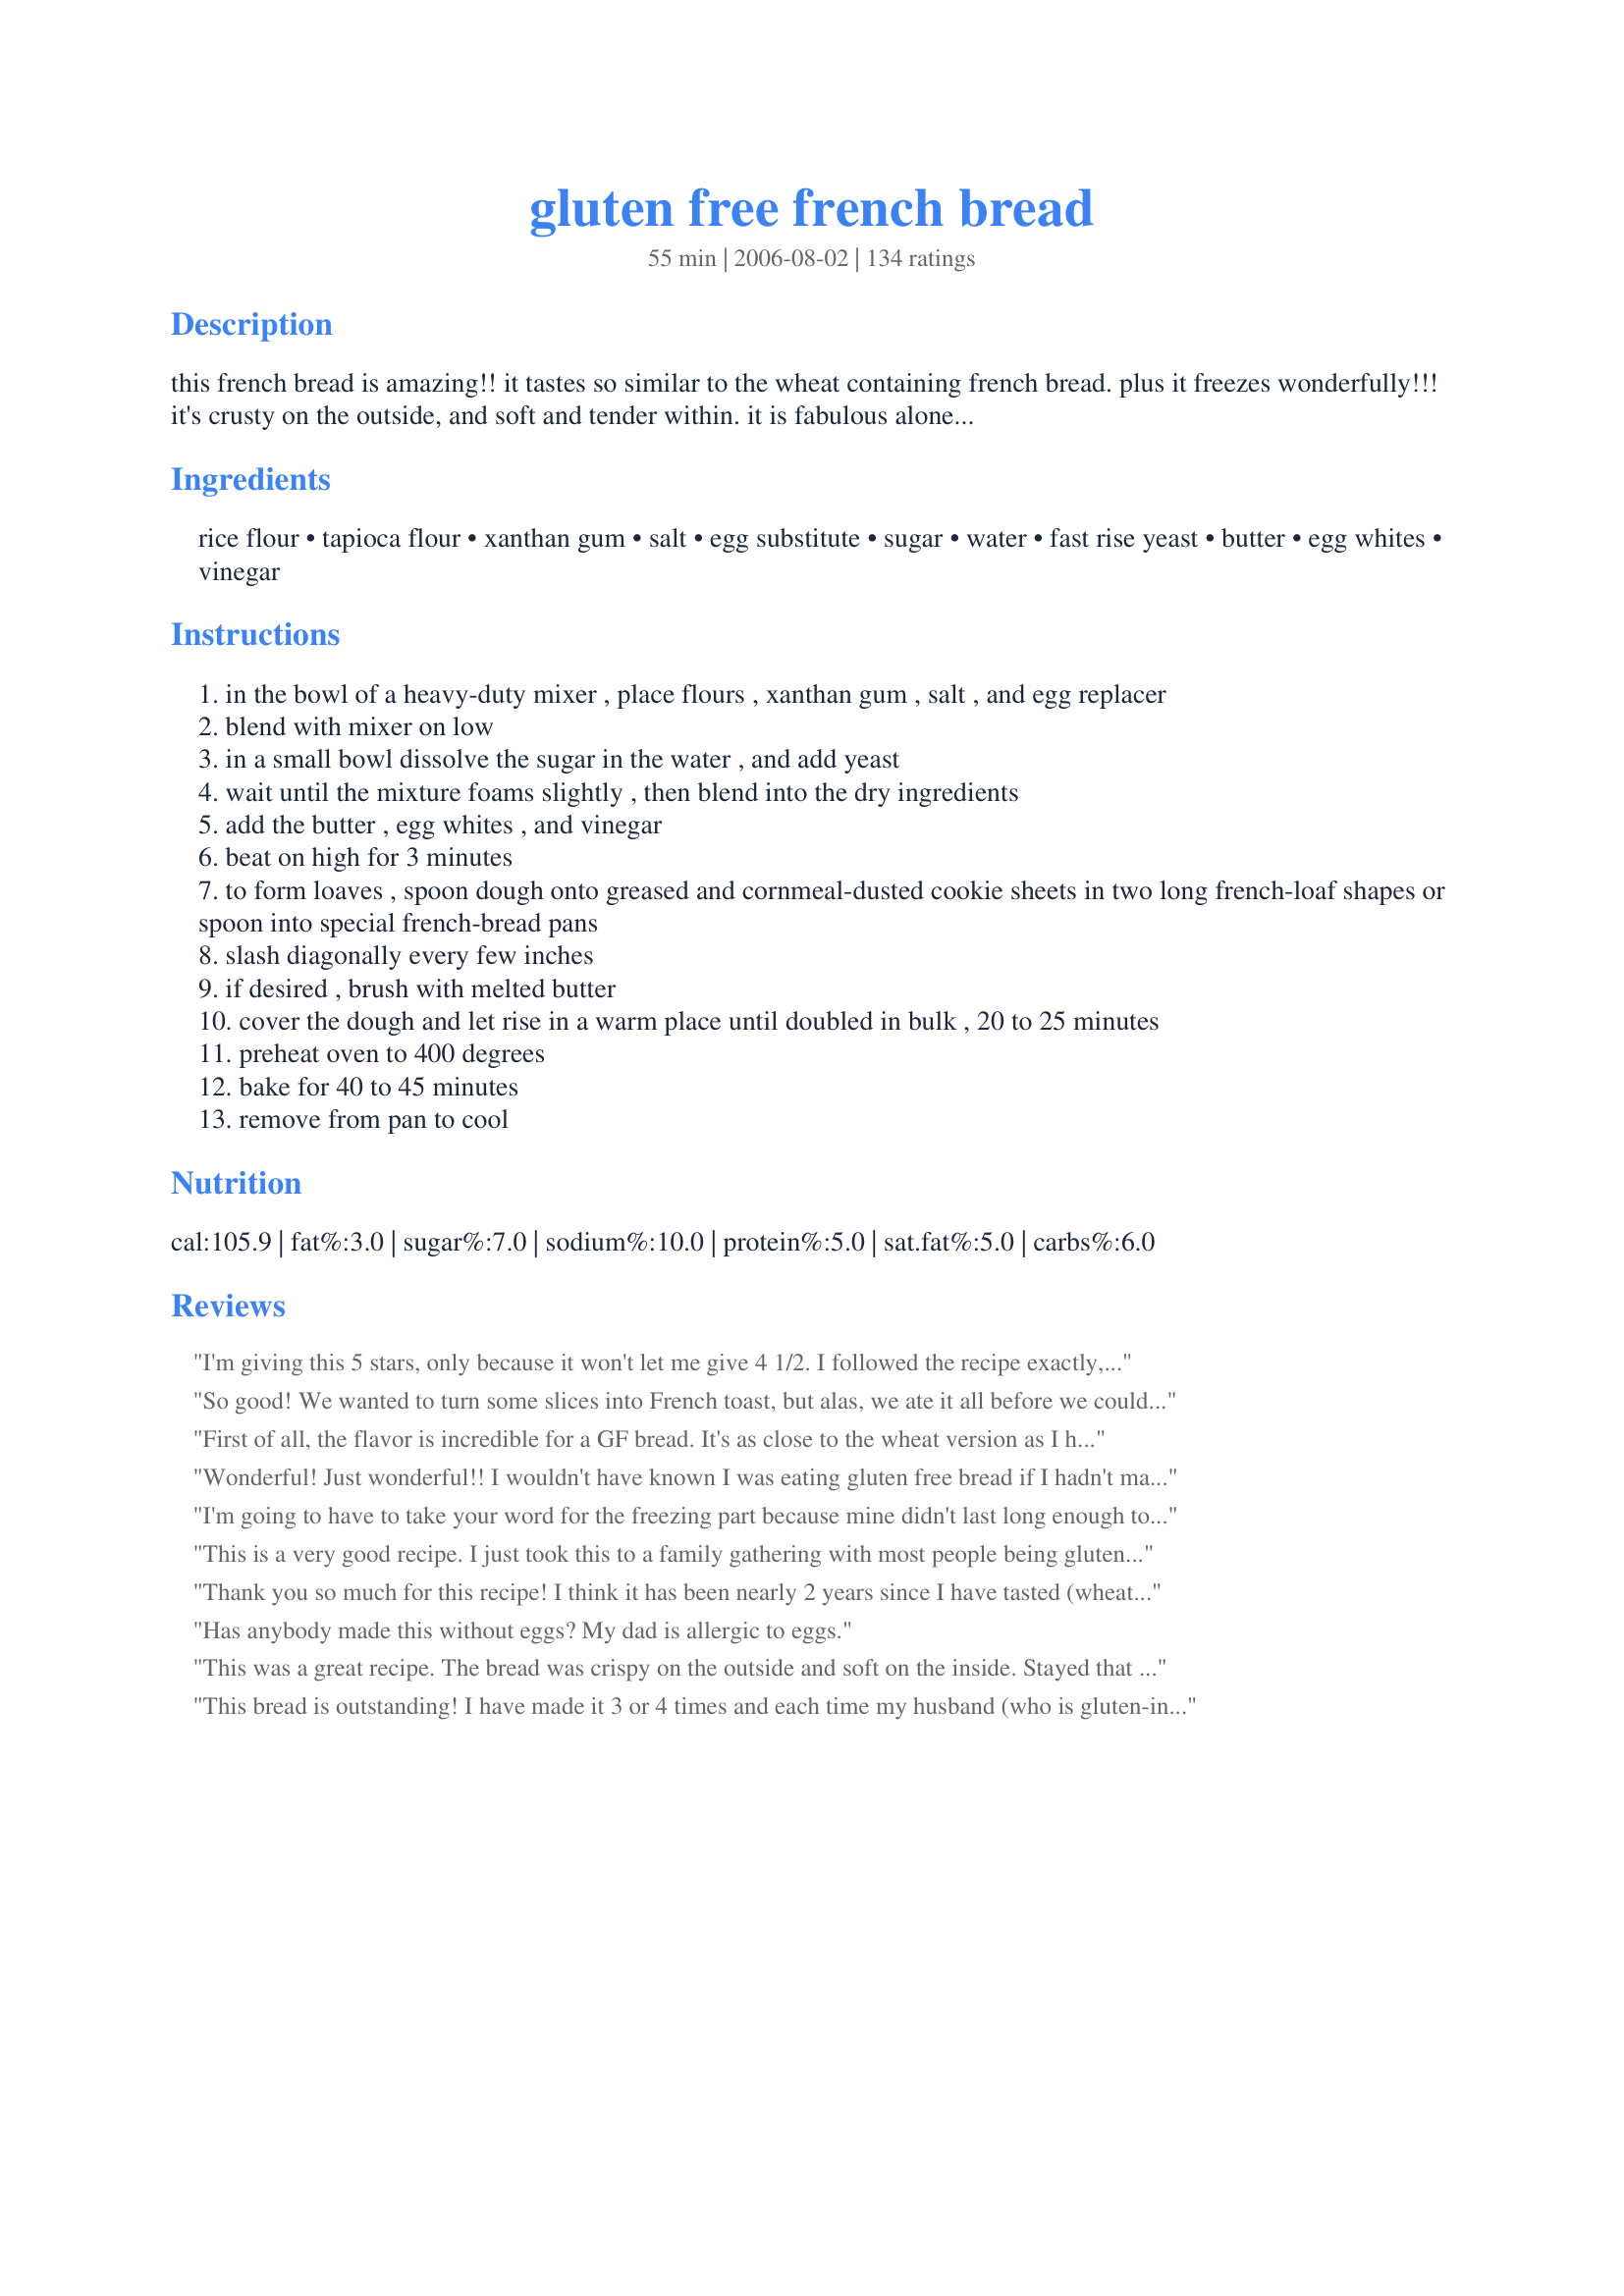
gluten free french bread
Preparation time: 55 minutes

this french bread is amazing!! it tastes so similar to the wheat containing french bread. plus it freezes wonderfully!!! it's crusty on the outside, and soft and tender within. it is fabulous alone, or made as little brushetta', using 'joanne's creamy brushetta' recipe(#108383).you can make it from start to finish in about one hour!!

Ingredients:
rice flour, tapioca flour, xanthan gum, salt, egg substitute, sugar, water, fast rise yeast, butter, egg whites, vinegar

Steps:
in the bowl of a heavy-duty mixer , place flours , xanthan gum , salt , and egg replacer
blend with mixer on low
in a small bowl dissolve the sugar in the water , and add yeast
wait until the mixture foams slightly , then blend into the dry ingredients
add the butter , egg whites , and vinegar
beat on high for 3 minutes
to form loaves , spoon dough onto greased and cornmeal-dusted cookie sheets in two long french-loaf shapes or spoon into special french-bread pans
slash diagonally every few inches
if desired , brush with melted butter
cover the dough and let rise in a warm place until doubled in bulk , 20 to 25 minutes
preheat oven to 400 degrees
bake for 40 to 45 minutes
remove from pan to cool

Reviews:
I'm giving this 5 stars, only because it won't let me give 4 1/2. I followed the recipe exactly, it is a very wet "dough." I expected that. It rose perfectly, even smelled like "real" bread dough. It browned very nicely, and had a perfect crispness to it. Of course I had to have a piece while it was still warm with butter...I wasn't that impressed with the first bite. Initially I thought it tasted too "eggy" and much like french toast, without the cinnamon and sugar. Still was the closest thing to regular bread that I have tried thus far. I let the loaf cool, then wrapped in foil and left on the counter until the next day (today) when I decided to try it again. It's soooo much better today than yesterday. I'm eating it as a sandwich and I can't even tell that it is gluten free. Totally impressed now! I will be making this again, but leaving it for the next day.
So good! We wanted to turn some slices into French toast, but alas, we ate it all before we could! We subbed 2 teaspoons of ground flax seeds for the egg substitute. I highly recommend this recipe!
First of all, the flavor is incredible for a GF bread. It's as close to the wheat version as I have ever tasted. My only problem was getting it to rise. I don't think it was a problem with the recipe. I've had trouble adapting to making GF breads. Thank you so much to sharing this!
Wonderful! Just wonderful!! I wouldn't have known I was eating gluten free bread if I hadn't made it myself. The texture is perfect and the flavor great. The first time I made this I made 2 loaves in french bread pans. It made pretty small loaves, so the next time I made just one loaf in a regular loaf pan. It made a nice sized loaf which sliced perfectly for sandwiches. My celiac stepdaughter was just thrilled with this bread!
I'm going to have to take your word for the freezing part because mine didn't last long enough to even try. I actually like this better than regular French bread and so does DH. Left half a loaf sitting out overnight--still good next day. Wrapped one loaf in foil--still good next day. Toasted a few slices--perfect. Getting ready to mix up my second batch--actually went out and bought a new French bread pan since I couldn't find mine. Didn't add any extra flour. You must try it dipped in olive oil with garlic salt and dipping spices added. I can't thank you enough, GlutenFreeGirl.
This is a very good recipe. I just took this to a family gathering with most people being gluten eaters, and everybody loved it. My SIL said this was better than a lot of peoples regular bread, and she definitely is not a gluten free fan. I quadrupled the recipe and I always make it it regular loaf pans. I put one recipe which says it makes two french bread loaves into one loaf pan and it makes a nice high rising regular loaf. I changed the white rice flour to 2 parts white rice flour, 3 parts brown rice flour, 1 part oat flour, and 2 parts sorghum flour. I think this was the best mixture of flours I have tried yet. I also added 1 tsp flax seed for every tsp egg replacement called for and 2 tsp of water for ever tsp flax seed. For those new to making gluten free bread, the dough will not be the texture you are used to. It is VERY sticky...do not add extra flour. I mix it in my bosch mixture and then pour the batter into my well greased bread pans and smooth it out with a spatula on top to make it a much more even loaf. Hope this helps. This produces a lovely moist, light and fluffly bread. My husband even said he would consider going gluten free if I replaced his bread with this bread. This is one of those recipes that make living gluten free a little bit easier and even pleasant!
Thank you so much for this recipe! I think it has been nearly 2 years since I have tasted (wheat) french bread and this great. I asked my daughter what she would rate this on a scale of 1 to 5, she said 300, LOL. Guess it is a thumbs up here.

One tip, it started to look like it was browning too fast so at about 25 minutes I covered it with a sheet of tinfoil.

I was going to review this after a day or so and see how it held up...but we only made one loaf...and ate it all.

And like another viewer suggested, this will make great hamburger buns and what ever else I can think of. :o)
Has anybody made this without eggs? My dad is allergic to eggs.
This was a great recipe. The bread was crispy on the outside and soft on the inside. Stayed that way for days!
This bread is outstanding! I have made it 3 or 4 times and each time my husband (who is gluten-intolerant) comments about how wonderful it tastes and how nice it is to be able to have bread just like he used to eat. Thanks, GlutenFreeGirl, for this excellent recipe. (I'm making some right now!)
I am not sure what went wrong here.... I used less yest and cooked it in my bread machine. It turned out really moist, too moist. So I think I will try again but follow the direction to the T.
Excellent!!!, I did not have tapioca flour but i did have a box of tapioca which is what I used. I have to buy the tapioca flour just to see if there is a difference but I think it turned out great. Only used half the yeast, I thought 2 tbsp was too much unless you meant to say 2 tsp which makes more sense. Try this one as a bread instead of muffins, http://www.food.com/recipe/gluten-free-sweet-corn-bread-muffins-376155, tastes pretty good for a sweet bread.
This bread is excellent. The people here who are posting their substitutions should post their own recipes if they can&#039;t use or don&#039;t like this one, as many completely change it. It&#039;s great as is, I have been looking for a good french bread recipe for years.Thanks Gluten Free Girl!
I have been making this bread weekly for almost 2 yrs now with slight changes. 1 cup white rice, 1 cup brown rice, 3 tsp of ground flax for added fibre, and honey in replace of sugar. The result is a nice brown bread. Yesterday, I accidently forgot to add the tapioca starch - and it STILL turned out! It might even be a bit more moist that the original. I make this single recipe in a loaf pan for slices, muffin top tins for hamburger buns, (both pics are posted for viewing) and in a french baker when serving it to guests for dinner. A loaf or french baker requires 50mins in the oven, covering with foil 1/2 way through the cooking. Hamburger buns in 1/2 the posted cooking time. 
original review:WOW! This is the closest thing to "real" bread that I have had in 10 years! Thank you Gluten Free GIrl for posting this GREAT find.
still tasted good using brown rice flour! best the first day, while still warm.
I just made this. My first attempt at a Wheat Free Bread! 
I didn't use the egg sub, and used 2 whole eggs for the 3 egg whites. I ended up with a nice "eggy" textured bread..Okay so it's not French Bread..but it's tasty, plain, with a bit of jam...and I think leftovers may become bread pudding!
~made this again into personal sub size rolls~following the recipe to a T..It was wonderful!!
This a very stable gluten free bread recipe. I have made this with garbanzo bean flour and millet flour substituted in part or full for the rice flour and it always makes a delicious crusty bread. I love it with a little olive oil balsamic vinegar.
For taste, this recipe would get 5 stars! Excellent flavor. But for the recipe itself, I had to give it 4 because the measurements are off. I had to add about a cup of flour-which isn't always a bad thing except I barely had a leftover cup. I used olive oil instead of butter and it worked great. I'm an experienced bread maker, so the fact that I had to use extra flour annoyed me. Other than that, pretty yummy.
Maybe we have not been GF long enough to fully appreciate this recipe as French bread, I made it twice now the first time followed the recipe exactly and made two loaves, the next time I used half brown rice flour and made them in the shape of biscuits, coated them both sides with corn meal and they made PERFECT english muffins. Perfect for mini pizzas and toasting for breakfast, and my son loved them for his lunch with PB&J. I will be using this recipe from now on for that purpose. THANK YOU for posting a winner in our GF quest for bread recipes.
Absolutely amazing!! I just turned GF, and this is the only bread I've tried that actually looks, feels and tastes like the real thing. Thanks for giving me bread back :-) I baked it in a muffin tin for smaller, individual servings.
Absolutely the best (and easiest!) bread I have made in four years! I cannot wait to form this into hot dog style buns for sausage and sauerkraut! Today I formed two hamburger style bun pans out of double layered, heavy duty tinfoil (formed over a bowl upside-down) and tried 1/2 cup of dough in one and 3/4 cup in the other. The 1/2 cup was just perfect for smaller mouths (baked in 20 min.), the 3/4 (baked in 23 min.) would be great for a 1/3 lb. burger or a larger appetite! The rest went into a standard 9 x 5 loaf pan and turned out soft and perfect for garlic bread. This bread will be baked at least twice a week in my house from now on!
This is the absolute best gluten free bread that I have eaten. I have been GF for just under a year and I was really starting to miss bread. I tried recipe after recipe for bread that was just not there. I gave up trying about 2 months ago. I need bread to make stuffing for turkey this one sounded good so I tried it. I followed other posters advice, like adding more flour, for the first loaf, mistake, it was heavy. I made it with brown rice and sweet rice flour, used a reduced regular yeast the second, it was good, but yeasty. But the best way is to make it as written, with the quick rise yeast, I was in heaven when I tried it. <br/><br/>Thank you for this great bread Gluten Free Girl!
Fantastic bread, I use it for everything, it was great for sausage stuffing at Thanksgiving, makes great garlic bread, cheeseburgers & panini's
thanks for sharing!!
Thank you so much for this recipe GlutenFreeGirl, this is the first GF bread recipe that is not disgusting. I have tried so many since going GF, and they have all been like a brick. I have also tweeked this by using all brown rice flour instead of white, using 2 whole eggs instead of egg whites , using olive oil instead of butter, lemon juice instead of vinigar and adding in some ground flax seed & ground hemp seeds. I also add in a bit of pure coconut extract & vanilla. I bake it in a 9x13 loaf pan, cut it in half & freeze half because I can't possibly eat a whold loaf before it goes bad. This is the only GF bread recipe that almost tastes like real bread. Thank you so much. I will try the breadmaker some time soon, but haven't had any luck with the breadmaker GF bread yet. Great job GlutenFreeGirl. Keep posting PLEASE!!!
Taste wise, this is the most incredibly wonderful bread for GF. The chef is correct in saying it tastes much like the real thing.
 I made the mistake of not noting that most people needed extra flour when I printed the recipe out. I am an experienced bread maker but not an experienced GF bread maker. The few things that I have made had a different texture and density even raw so didn't think to add more flour.
 The result was a flat bread instead of a loaf. I was a bit bummed when I saw that but after tasting it, was feeling better about the time, effort and product that I had used not being wasted.
I will try it again and add more flour to get it more like a loaf but did want to say that the mistake was well worth it as I can see how that would be an excellent pizza crust (bake first then top and stick under broiler to melt the cheese) and means of making Crazy Bread......... which in case you don't know is pizza dough brushed with lots of melted butter and garlic and salt. Baked till crispy and you will think you died and went to heaven. :-)
Oh Yes, I made it with the Tom Sawyer GF flour and that saves having to buy and measure different items. That flour has it all in it. I just measured out the total of what the first 3 items were.
so far the only GF bread we've tried that actually tastes like FRESH bread. Thank-you, thank-you, thank-you!
I have to say that my husband hates all things gluten free and has said "All gluten free things are terrible!" That being said he LOVES this bread and keeps stealing it from me! It is so good!! I even make it into small loaves to make sandwiches out of. Also try adding spices like thyme, garlic powder and onion powder. I added all three once and made it really flat and used it as a pizza crust and it was wonderful!
Wonderful when I was missing bread so much! It tastes slighty starchy, but overall hits that spot.
AMAZING!! My husband & cousins husband were just diagnosed with ciliac. On Christmas Eve we always have spaghetti. I made this bread so they had something to go with their pasta. Needless to say, everyone - even the kids, wanted their bread. They all thought it was better than the Costco bakery bread. Thank you for such an awesome recipe.
I guess I am going to have to re-make this bread. This was the first gluten free bread that I had ever made and the stuff was terrible. Sorry, did't do it for me at all
......ended up with what resembled a flat bread. I am going to try it in a loaf pan instead of free form on a baking sheet. I'll tweek the recipe at home here and see what I can do. Flavour was good tho...
This recipe is awesome. It tastes a lot like French bread; crusty outside and soft fluffy inside. It stays good for about 3 days, longer if refrigerated. It freezes well, and you can make breadcrumbs for other recipes later on. You really can' tell that it's gluten free. Very impressive!<br/>I followed it as written, but simply added 2 whole eggs for the egg white/substitute. I used apple cider vinegar (probably most vinegars would work.) I put in in two small greased/cornfloured loaf pans and baked for the recommended time.<br/>Since then, I've substituted coconut oil for the butter, brown rice flour for the white, and added ground flax seed, and it turned out really well each time.<br/>I haven' been brave enough to spread it out on a tray, and don't have a French bread pan, so I'll just continue putting it in small loaf pans for now. I'm sure you could use larger pans or experiment.<br/>It%u2019s a bit yeasty if you cut it right out of the oven; it's better cooled or the next day. It toasts ok, and is good with peanut butter, jam, dipping in soups, ect.<br/>A few tips: You really need a good standing mixer for this recipe. I don't see how you could possibly beat it by hand. The dough is more like a thick batter, but should rise like normal bread dough and bake the same. I let it rise until it almost touches the brim of the baking pans, then brushed it with butter near the end of the baking time.
This was my first time making GF bread, I have cooked GF cakes/cookies/flatbreads before. I was a little worried after stirring up the dough- looked like it was going to be pancakes, not a loaf of bread! But after it came out of the oven I was pleasantly surprised. Not the most amazing taste I've ever had but still quite good, and it holds together beautifully. Would make again for special occasions.
Seriously AMAZING! I sat back, closed my eyes and just relished in the moment of having bread in my mouth that FELT normal and TASTED normal! It slices perfectly, doesn't crumble to bits! It stays moist over night if you wrap if up! It is super delish! Word to bakers: 2 packets of the quick rise yeast does not equal 2 tbls. Mine didn't rise quite as much as I would have liked (it still worked wonderfully, though), so use a bit more than 2 packets. I did, as another review suggested, use 1c brown rice flour and 1c white instead of 2 cups white. I also added 3tbls of milled flax! It turned out amazing! THANK YOU for finally giving us NORMAL bread to eat!
I don&#039;t know what went wrong, but my dough spread out flat during the rising stage. I followed the recipe exactly. I baked it as directed, even though it had flattened out, and it baked crispy golden on the outside but too soft/gluey on the inside. Further baking did not improve it. The flavor was good, but we couldn&#039;t really eat it. Sorry.
I baked in my cloche (received 15 yrs ago as a wedding gift and never used until now!) and here's the beautiful result. The crust is wonderful and has a nice hollow sound when tapped.
I have tried several Gluten-free bread recipes and this is the first one that the whole family really loved!
I have made this bread many times! hands down the best ever! I cook mine in small loaf pans they come out perfect each time.
I don&#039;t know how this bread recipe got good ratings. I just wasted all my ingredients. I mixed it just as the recipe said and there has to be a mistake somewhere. Way too wet. I had nothing but a gloppy mess of goo. There was no shaping this dough into anything that resembled a loaf of bread.
I posted a question in the Celiac forum for a recipe that didn't have the texture of cake and wasn't sweet. DH hadn't found any wheat free bread he liked plus Celiac SIL was coming to visit. Pammybo gave me this link for which I am very grateful. Celiac SIL wasn't convinced because it tasted so good, I had to show her the recipe. DH said it was the tastiest wheat free bread he has every had. I didn't miss wheat bread at all, in fact I thought this actually tasted better. The only "down side" for my husband was the fact that it was so good he said he could bring out the butter and eat a whole loaf in one sitting. Absolutely yummy. Thanks for sharing.
This is so good! Taste and texture are great! Only change I made was 2 whole eggs instead of 3 egg whites and it was amazing! Smells good and BF loves it too! I ate it dipped in in olive oil and herbs and felt like I was at Macaroni Grill. Probably going to invest in French Bread Pans as I am positive I will be making this again and again. <br/>Thank you!
I was looking for an EASY bread recipe - something straightforward and with common ingredients - and this recipe fit the bill....and was absolutely delicious! I did a little substituting - I used oat flour (I make my own in a coffee grinder with rolled oats, which is excellent) along with sorghum flour (and the tapioca flour) instead of rice flour (I don't like the 'fried rice' taste of baked goods made with rice flour....) and was very impressed with the results. The loaves, split down the middle, made excellent sandwiches. Thanks for a great recipe!
Great right out of the oven! My husband didn't realize it was GF! I sliced up what was left after dinner, coated with EVOO and some seasonings and had awesome coutons later.
This turned out perfectly..had to cook a bit longer but still fantastic!! Tip: put parchment paper on the baguette pan and it will be less of a mess than the cornmeal! It's my go to GF bread!
This recipe is fabulous. I skipped the egg substitute. I used egg whites in a carton and it worked great (about 7 Tbsp. is 3 egg whites). This bread is excellent for garlic bread!
I am not going to rate this but wanted to give my experience: I followed the recipe as stated expect I used potato starch in place of tapioca because that's what I had AND I left out the egg substitute because I didn't have it AND I used baking soda and lemon juice instead of yeast. (yeast allergy). I left out the vinegar(<< another allergy) as I used the lemon juice. This is MY FIRST TIME making this bread and it was an epic failure. I know it was all my fault and I will try and try again until I get it right. I didn't understand that this was supposed to be a "goopy" dough so I added flour and hand kneaded it for about 5 minutes. I had read ALL the reviews but somehow I missed that part. So, it rose beautifuly, but it never got brown and it is soooo very hard that I can't even cut it with a knife. (maybe a chisle and hammer?) I didn't let it sit and rise I cooked it after mixing. It "looks" absolutely gorgeous but the kneading did it in. I will try again this evening and will rate it then. I'm hoping maybe the birds will eat it. I would hate for all that work and dough to go to waste.
The is the best GF bread I have made
It turned out perfectly! Looks beautiful and tastes just right-crusty exterior and soft interior. Definitely check before 40 minutes though, mine was almost too brown on the bottom.
After reading all the rave reviews I had to try this recipe. I am glad I did! I have been GF for 8 years and this is one of the better breads I have made; even those that don't have to eat GF enjoyed this. I used brown and white rice flour, made go with just brown next time, either way another great addition to my GF collection. I actually got me a french bread pan just because of this recipe! It is great toasted too! I used my leftover bread for toast and eggs - delicious. Thanks for the recipe!
awesome!!!!
This is the best GF bread recipe I've tried. Fabulous!! A++ Lorie
Since this is my first foray into the world of gluten-free bakery, I won't rate this but just add a note. Maybe it is because I have just recently gone gluten free, but I found this bread was nothing similar to wheat bread. I followed the recipe to the letter (A+ for ease of assembly!) and what I ended up with was a very acrid-smelling, spongy bread that tasted very much of wet paper. Not wanting to toss it, I cubed it, tossed with oil, Italian seasoning and salt, baked and to make some very lovely croutons. However, as they baked, the pungent, sour smell was more prevalent. I can't imagine what it could have been. Perhaps I am not accustomed to gluten free breads, but this just didn't do it for me.
Updated review: I make this bread at least once a week, it is a real staple in my house and is SO tasty! No one can tell it is gluten free! I have used potato starch, but prefer tapioca flour, and have found that half and half brown/white rice flour gives a nice combination of taste and texture. When I use Bob's Red Mill brand brown rice flour, I use all brown rice flour (it is more finely ground). I use three whole eggs instead of just whites, substitute canola oil for the butter (and use 3 Tbsp so I don't have to brush the top with butter), and maple syrup for the sugar. I use apple cider vinegar for the vinegar. To make sandwich bread, I put the whole recipe worth of dough into a sandwich loaf pan and bake for a little bit longer. So wonderful!

Original review: I used brown rice flour and substituted potato starch for the tapioca flour. I also used maple syrup instead of sugar. It turned out excellently! Very good bread, we made ours into two loaves and ate one and a half loaves within half an hour of taking it out of the oven! I'll try it again with the tapioca flour when I get some!
I have tried to make this recipe 3 times now, and my dough will not rise. What am i doing wrong
This was really good! I wasn't sure I'd like it with all the white rice flour, but even though the rice flour I used was grainy, the graininess actually added a good texture to it. The flavor was good and even my gluten-eating husband liked it. Thanks for the recipe!
WOW - most GF breads are dense and have a dry crumbly texture (kind of like corn bread). You can't even tell the difference between this and regular French bread. Never thought I'd ever in my life be baking bread but this is a great recipe and easy to make. Bravo .... I join all the others comments in the kudos and thank you's.
I absolutlely love this recipe. I also looked at the other pictures, and saw that some had made their french bread into sandwich loaves, which is what I&#039;m going to do tomorrow. It was crispy on the outside, and so soft on the inside, and was just so darn tasty that the kiddos and hubby were asking for more.
I could weep at this moment. <br/><br/>Finally, after 5 long years of waiting, a bread that I can make at home that is egg- dairy- and gluten-free and that ACTUALLY TASTES GOOD! <br/><br/>And it still tastes good with the addition of salty tears. <br/><br/>THANK YOU!
This was wonderful! I loved the texture and the taste, and the fact that it was so quick and easy. Thank you so much for this recipe, GlutenFreeGirl! :)
OUTSTANDING!

This is the finest recipe found that incorporates a fine product along with ease of preparation. I would be willing to put this against anyone's recipe.

I have been using a standard loaf pan and it has worked beautifully. One batch produces one loaf of bread.

Thank you.
This went fast, right out of the oven. I've made it twice - once stuffed with herbs (chives, thyme and rosemary) and once plain. Both times there were more non-GF eaters than GF ones. Everyone enjoyed it. I just used aluminum foil to help shape it into French bread.
After trying several recipes, I keep coming back to this one. I have used this recipe as french bread, sub bread (lower temp to 350 and let steam in a plastic bag for about 20 min), pizza crust (add garlic and parsley roll between parchment paper), and now I am about to try burger buns. I want to get more versatile with this recipe because it is the easiest and tastiest. Even better than the boxes that just add water. Any suggestions for a pull apart monkey bread?&lt;br/&gt;&lt;br/&gt;I found that oiling up my hands with olive oil or the crisco spray helps to shape down the tips that stick up. Oh and one more thing, parchment paper is key. not foil.
Yummy! Very nice texture. We had about 1/2 loaf left over and made croutons the next day they were soooo goood!!!! toasted them in a pan w/garlic, butter and thyme and then shredded parm. cheese on top. I think that they were even better that regular gluten croutons. I will be putting this into my recipe box.
Thank you so much.
I would give this recipe 5 starts except for the funky flavor and smell. We made about 3 batches to finally figure out what it is that is causing the weird/off taste. It's the tapioca flour.We originally used apple cider vinegar and olive oil to coat the top. We thought maybe our olive oil was rancid. We made another batch with margarine on the top. The funky taste was still there. The third batch we we switched to white distilled vinegar, and it was still gross. So we figured it had to be one of the flours. So my husband started smelling them and found it was the tapioca. I don't know if our flour is bad or if that is just how it tastes. I've never noticed it taste bad like that in any of the other recipes I've used it in. Other than that the bread is delicious. It is soft on the inside and has a crisp and slightly chewy crust. If we make it again we are going to substitute the tapioca with potato starch and see if that works.
I'm the SIL of "Brit in Texas" (4/09 review)--she was right! I checked the recipe because this was SO GOOD, I didn't believe it could be gluten-free. I've eaten lots of GF products all over the US and Canada, and this was one of my favorites. Thanks for posting the recipe, and Thanks, SIL, for making it several times during my stay.
I love this bread! I used 1 cup of white rice flour and 1 cup of brown rice flour and it still turned out great and tasted wonderful. I love that it is crispy in the out side and soft inside just like french bread is supposed to be. After becoming allergic to gluten a few years ago I never thought I would taste good bread again. But thanks to this recipe I was wrong! :)
Love this! My (non GF) family loves it too. To shape quickly and easily I sprayed the inside of a lg ziploc with canola oil, put the dough in, snipped a pretty lg whole and piped out perfect loaves. Thanks for a great recipe!
I LOVE this recipe. It tastes so incredible! The only problem I am having is that once it comes out of the oven it sinks. Does anyone have any suggestions for how to fix this? I couldn't get it to stay formed when I made French bread in the french bread pan. It was so thin. HELP!
Gluten free since last Thursday. My husband loves it and so do I!
Thank you!
UPDATE: Adding the 1 cup cheese to the bread produces a much moister bread, and is delicious! ***Dec 27, 2008/As far as rice breads go, this bread is great! Definitely a vast improvement upon the store-bought stuff. I am experimenting the 2nd time around with adding 1 cup cheddar, 1 tsp garlic and 1 tsp fresh thyme. For anyone using a breadmachine, this is a 2 lb loaf. Excellent!!
This is a fantastic base bread. I made some variations to suit our taste

I split the white rice flour to include br. rice flour

I used equal amount of honey to replace the sugar

I didn't use the egg substitute

I reduced the amount of yeast
(we are not fans of yeasty bread)

I used olive oil instead of butter to get those healthy fats in there :)

I used apple cider vinegar

I added 1 tbsp ground flax meal to increase iron and fibre content.

All in all it was a fantastic recipe, easy to manipulate and tastes as good as it says. I am going to attempt a multi-grain version and will update the review

Thank you for sharing this and thanks to the reviewers for making it seem appealing! A great addition to the recipe book!
This bread is just what the author said... crusty outside and soft inside. I followed the recipe except for using half of the yeast. The bread holds together well for sandwiches and makes great garlic bread. I give this bread 4 stars because it is very starchy.
Seriously the best gluten-free bread I've ever made. My boyfriend is a chef and he said he could barely tell the difference. I made it at 7,000 ft altitude and didn't make any changes, and it turned out just perfect!
Great bread, I loved it! All though I did see this exact recipe in a cookbook last week - I didn't know if it was important or not to cite sources.
this bread was so very nice! the texture was pretty spot on. even after a couple of days there was no tell tale gluten free chewiness that sometimes accompanies baked goods. it was nice to have toast and sandwiches again. i'll be making this often.
I love this recipe. I'm a new at gluten free food and the taste of bread as been hard to get used to. This bread is by far the closes in taste to regular bread. I only use one 8g. quick rise envelope for the recipe and it works well. I don't like the taste and smell of yeast and found that the original recipe was too "yeasty" for me. I also use 1c. white and 1c. brown of rice flour. I've made a loaf a bread, french bread, buns, odd looking shaped bread, and it all tasted really good.
This is amazing bread! The first time I made it I was pleasantly surprised by the texture, but found the taste a bit lacking. I solved the problem by taking out 1/2 cup of the white rice flour and replacing it with 1/2 cup of sorghum flour (easily found at Whole Foods). I also use regular yeast instead of fast acting and it hasn't made a difference in the outcome. THANK YOU for this delicious bread.
I'm not raiting this YET but I will rate it after it's done cooking, considering this is the first time I have ever made this particular bread, let alone any gluten free bread. I'm really looking forward to it! I did not use the egg substitutes as I didn't have any and instead of xanthum gum, I have used guar gum in the recipe as I didn't have any and I do know in a lot of recipes guar gum can be a replacement.. so if it doesn't turn out as well at least I know why LOL I will let ya'll know how it works out once it's done baking :) <br/><br/>And I just wanted to say thanks to all your tips and ideas too :) Followed it to a T almost the first time and then tweak it to my liking after wards like adding cheese to it, etc :)
Another great gluten free recipe! The texture is superb and it bakes up nice and crusty on the outside and soft on the inside just as you say! I used a french bread pan and got 2 nice loaves. Thanks for sharing such a wonderful treat! :)
My daughter is wheat sensitive (triggers migraine and cramps). This recipe tastes wonderful and is one of her favorites. I split the dough into two baguettes using a baguette loaf pan (very helpful in keeping their initial shape). The recipe seems to work well with brown rice flour or a mix of white and brown.
This bread was wonderful! Easy to make. I didn't have fast rise yeast so I used regular, and let it disolve. I would however recommend using the Italian loaf pans. Mine expanded outward but not in hight. Excellent bread! Will make again and again. Thanks!
After throwing out 2 batches of gluten free baked goods this week I decided to try this recipe in my breadmaker. I am happy to say that it came out wonderfully. I used the gluten free setting and combined all wet ingredients on the bottom, all dry ingredients on the top and let the breadmaker do the rest. It smelled like real bread when it was baking. It did not rise as much as regular bread but I think that is to be expected with the gluten free. I did add a tad more flour; about 1/2 cup and I used agave nectar in lieu of the sugar. I also LOVE the fact that you can make this recipe with affordable gluten free flours as some of the various flours on the market are extremely expensive. I am happy with this simple go to recipe since I am so new at this gluten free baking thing. You rock!
Delicious! Not time consuming and so much better than expensive store bought non gluten.
This was pretty good. It definitely satisfied my craving for sandwiches and I didn't want to cave and use regular bread. I used rice flour and potato starch because that is what I had on hand. I also used reular yeast. I put all the ingredients in my bread maker to knead and rise and then put it in the oven to bake. i might try using the tapioca flour next time. It tasted a little yeasty.
This is one of the tastiest bread recipes that I have come across in my search for gluten-free breads. Easy to make although a bit messy with the sticky dough. A small price to pay for some great bread that I can eat. I make herb, garlic, onion, rosemary, breads by just adding these ingredients in the last step. You are only limited by your imagination. Give it a try!
Fabulous recipe. Thanks for making my transition to GFree more palatable.
I went gf in 1/17. I have yet to find a 'bread'
After four years of searching for a wonderful gluten free bread recipe, I have found it! This one is by far the best. It freezes nicely too.
This really IS as good as it sounds! Thanks!
Is this actually gluten free bread???? OMG, it was amazing! Even though my bread browned a little too much for my liking, it was by far better than any other gluten free bread I have tried. I followed the directions but omitted the egg substitute because I didn't have any. Otherwise, directions were followed to a T. I had two amazing French bread loaves. Next time I'll try the loaf pan and see if I can make bread for sandwhiches!<br/><br/>Thanks so much for sharing!
This was my first attempt at gluten-free bread. I made it for a friend who was coming to dinner! She really liked it so I guess it was a hit!! Very easy! Thanks for posting.
I admit when I read all the good reviews I was sceptical. I've tried many other gluten free recipes and they all tasted like dense pound cake. I'll admit my bread did not rise too well from cooking on a cookie sheet, I think if you are going to bake this bread invest Ina French bread pan. So my bread looked a little flat but tasted like real French bread. My husband who is not gluten intolerant and has suffered through many of my gluten free recipes took some of this bread to work with him. He ended up calling me just to tell me how great this bread was. He said we would never have to buy store bought bread again. I think that says it all. Now can someone point me to a recipe for chocolate chip cookies that are like the real gluten containing ones.
This bread is amazing! I have never made any type of bread from scratch before... I followed the recipe exactly as written and this was so easy! I will be making this a LOT! Even my husband and kids who don't have gluten issues thought it was great! THANK YOU!
I like this gluten free French bread even better than regular French bread. I followed the recipe exactly except that I used 2 whole eggs instead of 3 egg whites. Somebody on here suggested to use brown rice flour instead of white, but it wouldn't rise, so I'm sticking with white. I baked it 45 minutes at 375 because I have a convection oven and you are supposed to reduce the temperature by 25 degrees.
This is the best gluten free bread recipe I have tried since going gluten free 6 months ago! The texture is so much nicer than anything I've tried. It even looked like "real" bread when it was sliced instead of crumbly pound cake like so many other recipes or mixes! I'm going to purchase a french bread pan just for this recipe and use the bread as sub rolls. I can't wait to be able to eat a sub again!! :) With this recipe, I made one larger loaf and two round rolls to use as hamburger buns. Thanks so much for sharing this!
WOOOOW! Love it! I made it so I could use it for GF bread pudding, but it almost didn't make it to the second recipe. It's so good!
Fantastic! I initially gave this four stars and said that the taste was perfect and the texture was close. I decided to come back and change it to five because the texture was perfect too. I tasted the bread (and then reviewed it) straight out of the oven and it was really good, but not great. After letting the bread cool completely and then brushing the slices with garlic butter and popping it back into the oven, this was 100% the same as regular wheat french bread. I'll definitely be making this again. Thanks!
Darn good! I think the taste comes very close to french bread, the texture is a little different, but who cares. It's the closest I'm gonna get while eating gluten free! Thanks! I will be making this over and over and will make a double batch next time.
This made very good bread. Even my picky gluten eating daughter liked them. I'm interested to see how it will be the next day. Some GF breads turn very dry and crumbly very quickly. This doesn't seem to be that way, but only time will tell! Meanwhile, very good start.<br/>Update: Lasted three days in my bread box on the counter. Great recipe! Thank you!
This bread recipe is a winner at our house! My husband said that this makes the best sandwich bread (cut horizontally) that he's had in years. He's very picky so this is high praise!
This is such a great recipe! It is simple and turned out great!! It went really well with my lasagna.
Thank you very much for this recipe! My daughter is allergic to gluten. In Poland we have no shops with gluten free products so I have to prepare it by myself . And finally I found great recipe!:)
The look of this bread is beautiful and so is the texture...but there is WAY to much yeast. But hey if you like the taste of really yeasty bread go for it. I followed the recipe exactly.
I tried this recipe last night and I must say I was very impressed! I rose beautifully and when I sliced it it didn't crumble all over the place. I put some butter on it and just ate it! I couldn't believe I didn't have to toast a loaf that I made! I buy Udi's bread sometimes which doesn't need t be toasted btut I find it to be drier than this recipe. This was very moist - not too moist - but it caught me off guard as I'm so used to dry bread. The only substitutions I made were: olive oil instead of butter and whole eggs instead of whites. And I used a loaf pan instead of making french bread - just baked an extra 5 mins. I would like to try some other more fibre-rich flours in the future. Great recipe!!
I don't know why my star rating says 'no stars' because I give this recipe 5 big ones!!
Undoubtedly the BEST gluten free bread I've ever eaten! And so easy to make. First time I made it I followed the recipe to the letter and the bread was great, but one of my complaints about GF cooking is the high starch content and the lack of fiber. So the 2nd time I made it I used part brown rice flour, Bob's Red Mill all purpose flour and the tapioca and made bread sticks. Again it was wonderful! Tonight I used 1 c. brown rice flour, 1/2 c. sorghum flour, 1//2 c. amaranth flour and 1 c. tapioca and made rolls. Good again! The dough is really sticky and hard to work with so I put it in a pastry bag and pipe it out into the shapes I want, either bread sticks or rolls. Next I want to try it in a regular bread pan. Oh, I also used it for a pizza crust. Next time I will bake it for about 10 minutes and then put on the toppings and bake for another 10 minutes. All sorts of possibilities with this recipe!! Thank you! Thank you!
Great recipe. I have prepared and tried many and this by far is the best.

My whole family lives on a gluten free diet so, you can say this is a "Gluten Free Family Approved Recipe."

Thanks.
Happy Dad
Oh, lordy, after years and years of having to go without French bread - the best bread ever created - it was heaven to find this recipe! Thank you! This is one I will be making again and again...and again.
Amazing! The only gf bread that tastes like the real stuff!
I find I have to add extra flour, but thats no big deal.
I made it in my bread maker today and it was great!
Good taste and texture. I like using pans for uniform shape and size
This bread is amazing! I made no changes to the ingredients except to half the recipe, which still worked well to mix in my stand mixer. I used plain white vinegar as the recipe didn't specify. The big change I made is baking this in my small 3 quart crock pot. Holy moly! Beautiful crusty brown bread, just like the wheat version. I'll be coming back to this recipe many times in the future, especially in the summer months when heating a big oven is too much.
All I have to say is WOW and THANK YOU!!&lt;br/&gt;&lt;br/&gt;First, I have made several gluten free breads. I made some with a mix (Pamela&#039;s) and I made my own mix or blend of flours. Not overly fond of Pamela&#039;s, it&#039;s too sweet for my taste, but still a good bread mix for other things. I made an artisan bread recipe, it fell in the middle and was very wet and doughy and I cooked it the time suggested. I made a french bread recipe, it fell and was doughy, again. I almost gave up. I made this recipe today and it ROCKS!!! It is the closest thing I have ever come to real, wheat french bread. I can only say that I am in heaven as I eat a meatball sandwich with my own gluten free turkey/chicken meatballs and this bread, nobody in my big Italian family would ever know it was gluten free OR that the meatballs were gluten free (used one of my fallen french bread recipes for gluten free bread crumbs, mixed with Italian seasoning and baked in the oven for 10 minutes).&lt;br/&gt;&lt;br/&gt;Now, the only sub I made (I hate it when people substitute and then say the recipe doesn&#039;t work!) was that I used 1 cup of super fine brown rice flour and 1 cup of super fine white rice flour. Everything else was the same. I did not use the egg replacer, not sure why that is in there? &lt;br/&gt;&lt;br/&gt;I baked it in my regular oven in a french bread pan (I have a triple pan, I only used 2 of them and I lined it with parchment paper). I baked it for 40 minutes. After 20 minutes, I tented it with Aluminum, as I don&#039;t like a dark crust. PERFECT!!! &lt;br/&gt;&lt;br/&gt;Thanks GlutenFreeGirl!&lt;br/&gt;&lt;br/&gt;I did leave the door ajar and didn&#039;t take it out for 5 minutes in case it fell, which it did not. I slide it about 20 minutes after it came out and it is to die for.
Is this recipe too wet to use a perforated french bread pan? I have horrid visions of the bread dripping through the tiny holes in the pan all over my oven!
Question not good at cooking this I will try as have to follow a FODMAP diet any tips lol ??
Bread has always been a guilty pleasure, now I don't have to feel guilty - or in pain.
Hi! I read all the reviews here and well I gave it a try, but the result wasn&acute;t so goods at others. My bread end up being too gooey, I did added the xantham gum and egg replacer. What did I do wrong? I follow all the steps to the T. Help please.
I tried this recipe today and like one reviewer who said she made the bread in a bread machine so that is what I tried. I ended up with a 4" loaf which was very dense but with good flavor. So next time I will do it the old fashioned way and see if I have better results.
This is by far the best tasting GF bread I have ever tasted, and so easy. I did not have egg substitute so omitted it and used sweet rice flour.
This got a rave review from my friend that I made it for as the best gluten free bread that she's had! I thought it was great tasting as well. It was the strangest bread I've made since I'm used to flour breads--but it turned out great--I'd definitely eat it as well and wouldn't miss the flour!!!!
After reading all the great reviews, I have just baked my first ever loaf of gluten free bread! I am shocked....I mean really shocked....I have never tasted gluten free bread so I had nothing to compare it to...this bread has the best flavor ever....thank you thank you thank you soooooo much!!
This recipe is a life saver. I might add a little more sugar next time to make it taste more like french bread. But it really is good. I gave it to my non-celiac friends and they loved it!
Most delicious! Much like french bread. I like the crusty crust. I had 1 problem. It rose perfectly but it shrank in the oven. I only made 1/2 recipe. My yeast was new. I will make it again to see if I can figure it out. Mine baked in 35 minutes and browned perfectly, not doughy either. I might try garlic salt next time b/c I don't care for the ricey flavor. I also used 1/2 of each white and brown rice flour and the flax. It would be good for a sub sandwich. I put garlic spread on it-yummy.
I absolutely LOVE this recipe!! I haven't had french bread in a couple years since going gluten free, and this was definently a wonderful treat. I will be using this recipe a lot! UPDATE: I just have to say that everyone I have ever made this for (mostly people who don't have gluten intolerance) just LOVE this bread!! It's always requested when my friends and I get together for a pot luck dinner :) Now that's saying something!
This is a great gluten free bread. I can't help but wonder if the people who are adding extra flour are unfamiliar with gluten free bread. Gluten free bread dough will have a different, wetter texture than "normal" wheat dough. GF bread dough SHOULD be wet and sticky. I followed the reciepe exactly and it turned out terrific, though I put the whole thing into a regular loaf pan. It made a lovely loaf of bread for slicing.
this is a very forgiving recipe. i've made it following the advice of other reviewers - so using brown rice flour instead of one of the cups of white rice flour, potato flour instead of tapioca flour. this means (imho) that you can be free to flex, use what you have on hand instead of sticking to it exactly. i use carol fenster's cookbook advice about using an ice-cream scoop to "measure" out the dough into the french bread forms so the loaves come out about the same size. i have toddlers and mom, dad and the little ones pretty at a loaf and a half the first time i baked it! it will be my baking staple - bread mixes are fine, but every now and again, to whip up something this easy and delicious.... the next day, i made the toddlers grilled cheese on it and that last half-loaf was a goner.
The people who make guar gum or xanthan gum recommend it be dissolved in the oil/wet mixture before being added to the recipe. It needs the oil or fat to be properly dissolved. Although recipes do work doing it the way that the author wrote, it works much better if done the other way and have a better texture. The guar gum also should not be used in recipes with a high acid content as the acid tends to neutralize it. The xanthan gum does a better job of combining starches. See Bob's Red Mill site if you are interested in recommended proportions for different recipes. <br/>Although the rice and tapioca flours are 'safe' flours with a more neutral taste, I tend to prefer working with combinations of other flours for about a third the flour amount for the increased vitamins and proteins that they offer. Changing the starches can have an effect on the recipe if you are inexperienced in working with these flours.
This bread is great! It reminds me a great deal of the Gluten-Free Pantry French Bread mix, though cheaper to make. :) I made rolls using some smallish pans that I had and they were really nice, lots of crust. :) We had them with cheese soup and it was a great pairing!
This turned out well. I baked it for 40 min. The bread was slightly gummy in the center, which seems to happen to all of my gluten free breads. Good though, soft on the inside and crunchy, chewy on the outside.
Made this bread loved it.I forgot the egg replacer It came out any way the best
This recipe is great and I like how fast it is to make. I serve this with Recipe #53876. Yum! It freezes wonderfully!
Since my husband was diagnosed with celiacs last January, I've tried quite a few gluten free bread recipes. Most, even when home-made turn out too dry or dense - or simply 'wrong' somehow. <br/><br/>This bread recipe is, by far, the best french bread recipe I've found. I just pulled the loaves out of the oven and, while it was still hot, ripped of the end. I was so pleasantly surprised to find the crust nice and crisp, while the center was deliciously chewy. <br/><br/>I find myself feeling somehwhat fortunate never having mastered bread pre-celiacs - it wouldn't have occured to me that the dough looks funny. I suggest following it to the letter - there are no complaints from me whatsoever. Love it. Thank you!!!
I have made this bread many times, and everyone always loves it. I tried making it using spices and asiago cheese, then sprinkling a generous amount of asiagio cheese on the top before baking, took it to a party, and everyone gobbled it up. &lt;br/&gt;One more thing, I always put a pan of water on the bottom shelf of the oven before I preheat.&lt;br/&gt;And I spray the inside of the oven with water 3 or 4 times while it is baking. &lt;br/&gt;My husband says it is the best french bread he has ever tasted.
I have used this recipe to make loaves of bread, pizza crust and slider buns and I must say, this recipe will save my wallet! Each time, the recipe came out perfect, followed it exactly except for the egg substitute. If you bake it in a regular loaf pan, be sure not to let it rise past 20 minutes, or the top will slide when you put it in the oven. I put the dough on a (spray) oiled and cornmeal dusted pizza stone, pre-baked it for about 10 minutes, and then added sauce and cheese and baked it until the cheese melted, another 10 minutes. And I found a "whoopie pie" pan on clearance , scooped some dough into the shallow wells, let it rise and baked it @ 400 F for 15 minutes. Beautiful small buns! So soft on the insides! I highly recommend this recipe for all who are gluten free!
Excellent!! The first time I made I did not have a stand mixer and I think to be truly successful in GF baking this is a worthwhile investment. The first time I could not physically mix the batter into a smooth consistency. My last two attempts have made my husband a very happy camper. I also invested in a french bread pan (www.goldaskitchen.com) here in Canada, and the loaves came out just like regular french bread. I turned one into garlic bread, and served to my husband with a bbq steak - he said it was his favorite meal this year!! The second loaf, he sliced a day later and made sandwiches - no toasting required. By the third day it was getting a little dried out but fine toasted. I have also made as a loaf of bread, and buttered the top after it came out of the oven to tenderize the crusts for sandwiches. Thank you Gluten Free Girl for an awesome recipe. (Only substitution was I used the carton egg whites rather than whole eggs) This will become a staple in my new GF Cookbook!!
FANTASTIC- i have newly discovered this recipe and now make it every few days. The best home made gluten free bread!! I don't add much of the salt and am going to try it in a loaf tin next time. The recipe splits down perfectly....if you can half and egg!!!!!
